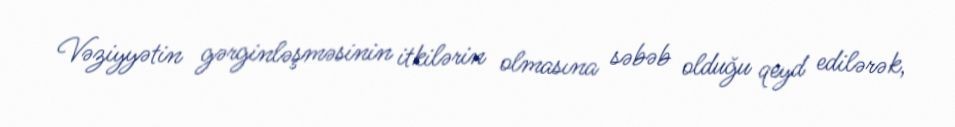
Vəziyyətin gərginləşməsinin itkilərin olmasına səbəb olduğu qeyd edilərək,